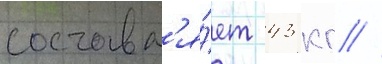
составл'я́ет 43 кг //